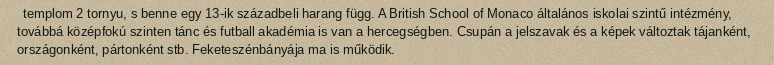
templom 2 tornyu, s benne egy 13-ik századbeli harang függ. A British School of Monaco általános iskolai szintű intézmény, továbbá középfokú szinten tánc és futball akadémia is van a hercegségben. Csupán a jelszavak és a képek változtak tájanként, országonként, pártonként stb. Feketeszénbányája ma is működik.